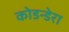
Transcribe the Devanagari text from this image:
कोडन्डेरा